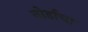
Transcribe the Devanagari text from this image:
नोर्डांचा